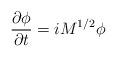
LaTeX: \begin{align*}\frac{\partial \phi}{\partial t}=i M^{1/2} \phi\end{align*}